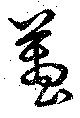
蠆